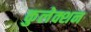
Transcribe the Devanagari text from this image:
कुलेक्शन